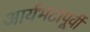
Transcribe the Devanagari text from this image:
आर्यभटापूर्वी